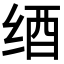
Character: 𦈋